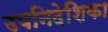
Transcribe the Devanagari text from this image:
उपनिदेशिका